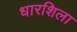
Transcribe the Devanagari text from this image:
धारशिला